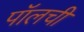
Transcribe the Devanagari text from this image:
पॉलची